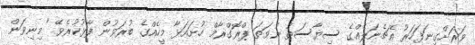
ވަރަށްގިނަފަހަރު އެޗެނަލެއްގެ ސިޔާސަތު ނުވަތަ ޕްރޮގްރާމް ހުށައަޅާ މީހެއްގެ ބުރަވުން ފާޅުކުރެވޭ "މިނިވަން